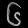
Digit: ၆